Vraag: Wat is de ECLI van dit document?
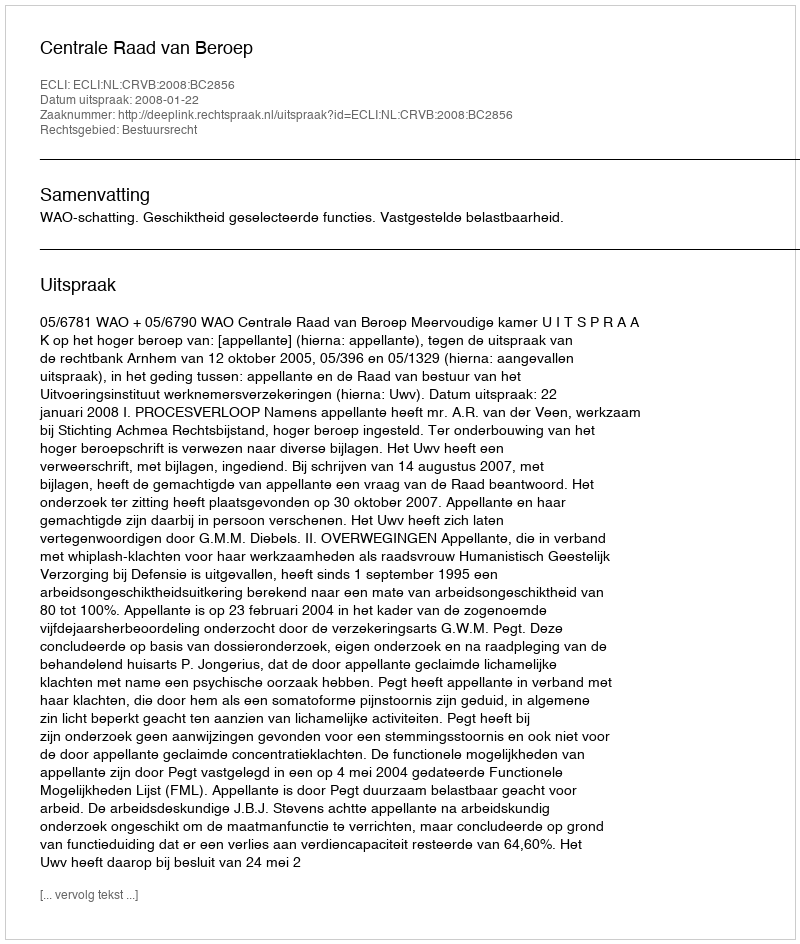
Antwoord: ECLI:NL:CRVB:2008:BC2856